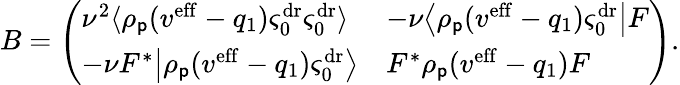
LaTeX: B=\left(\begin{array}{ll}{\nu^{2}\langle\rho_{\mathsf{p}}(v^{\mathrm{eff}}-q_{1})\varsigma_{0}^{\mathrm{dr}}\varsigma_{0}^{\mathrm{dr}}\rangle}&{-\nu\big\langle\rho_{\mathsf{p}}(v^{\mathrm{eff}}-q_{1})\varsigma_{0}^{\mathrm{dr}}\big|F}\\ {-\nu F^{*}\big|\rho_{\mathsf{p}}(v^{\mathrm{eff}}-q_{1})\varsigma_{0}^{\mathrm{dr}}\big\rangle}&{F^{*}\rho_{\mathsf{p}}(v^{\mathrm{eff}}-q_{1})F}\end{array}\right).